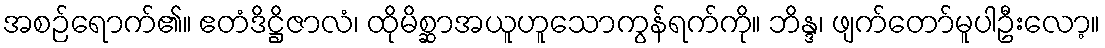
အစဉ်ရောက်၏။ ဧတံဒိဋ္ဌိဇာလံ၊ ထိုမိစ္ဆာအယူဟူသောကွန်ရက်ကို။ ဘိန္ဒ၊ ဖျက်တော်မူပါဦးလော့။